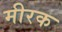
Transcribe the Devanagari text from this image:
मीरक